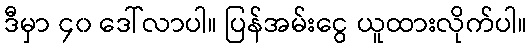
ဒီမှာ ၄၀ ဒေါ်လာပါ။ ပြန်အမ်းငွေ ယူထားလိုက်ပါ။